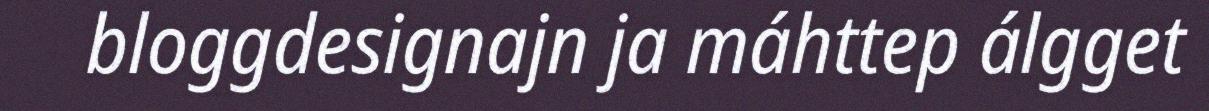
bloggdesignajn ja máhttep álgget